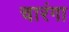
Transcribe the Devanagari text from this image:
चारंगा